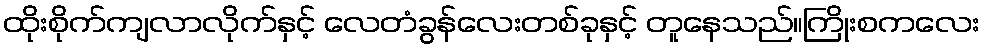
ထိုးစိုက်ကျလာလိုက်နှင့် လေတံခွန်လေးတစ်ခုနှင့် တူနေသည်။ကြိုးစကလေး